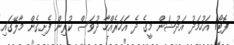
ފޮޓޯ/ އަހުމަދު އަދުޝަން މީގެ ދެ އަހަރެއްހާ ދުވަސް ކުރިން ފެށިގެން މާލޭގަައި